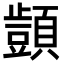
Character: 𮨜